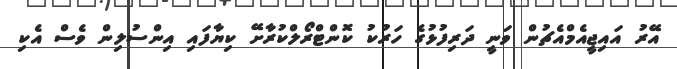
އޭރު އައިޖީއެމްއެޗުން ވަނީ ދަރިފުޅުގެ ހަރުކު ކޮންޓްރޯލްކުރާށޭ ކިޔާފައި އިންސުލިން ވެސް އެކި